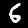
Digit: 6